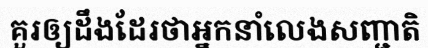
គួរឲ្យដឹងដែរថាអ្នកនាំលេងសញ្ជាតិ